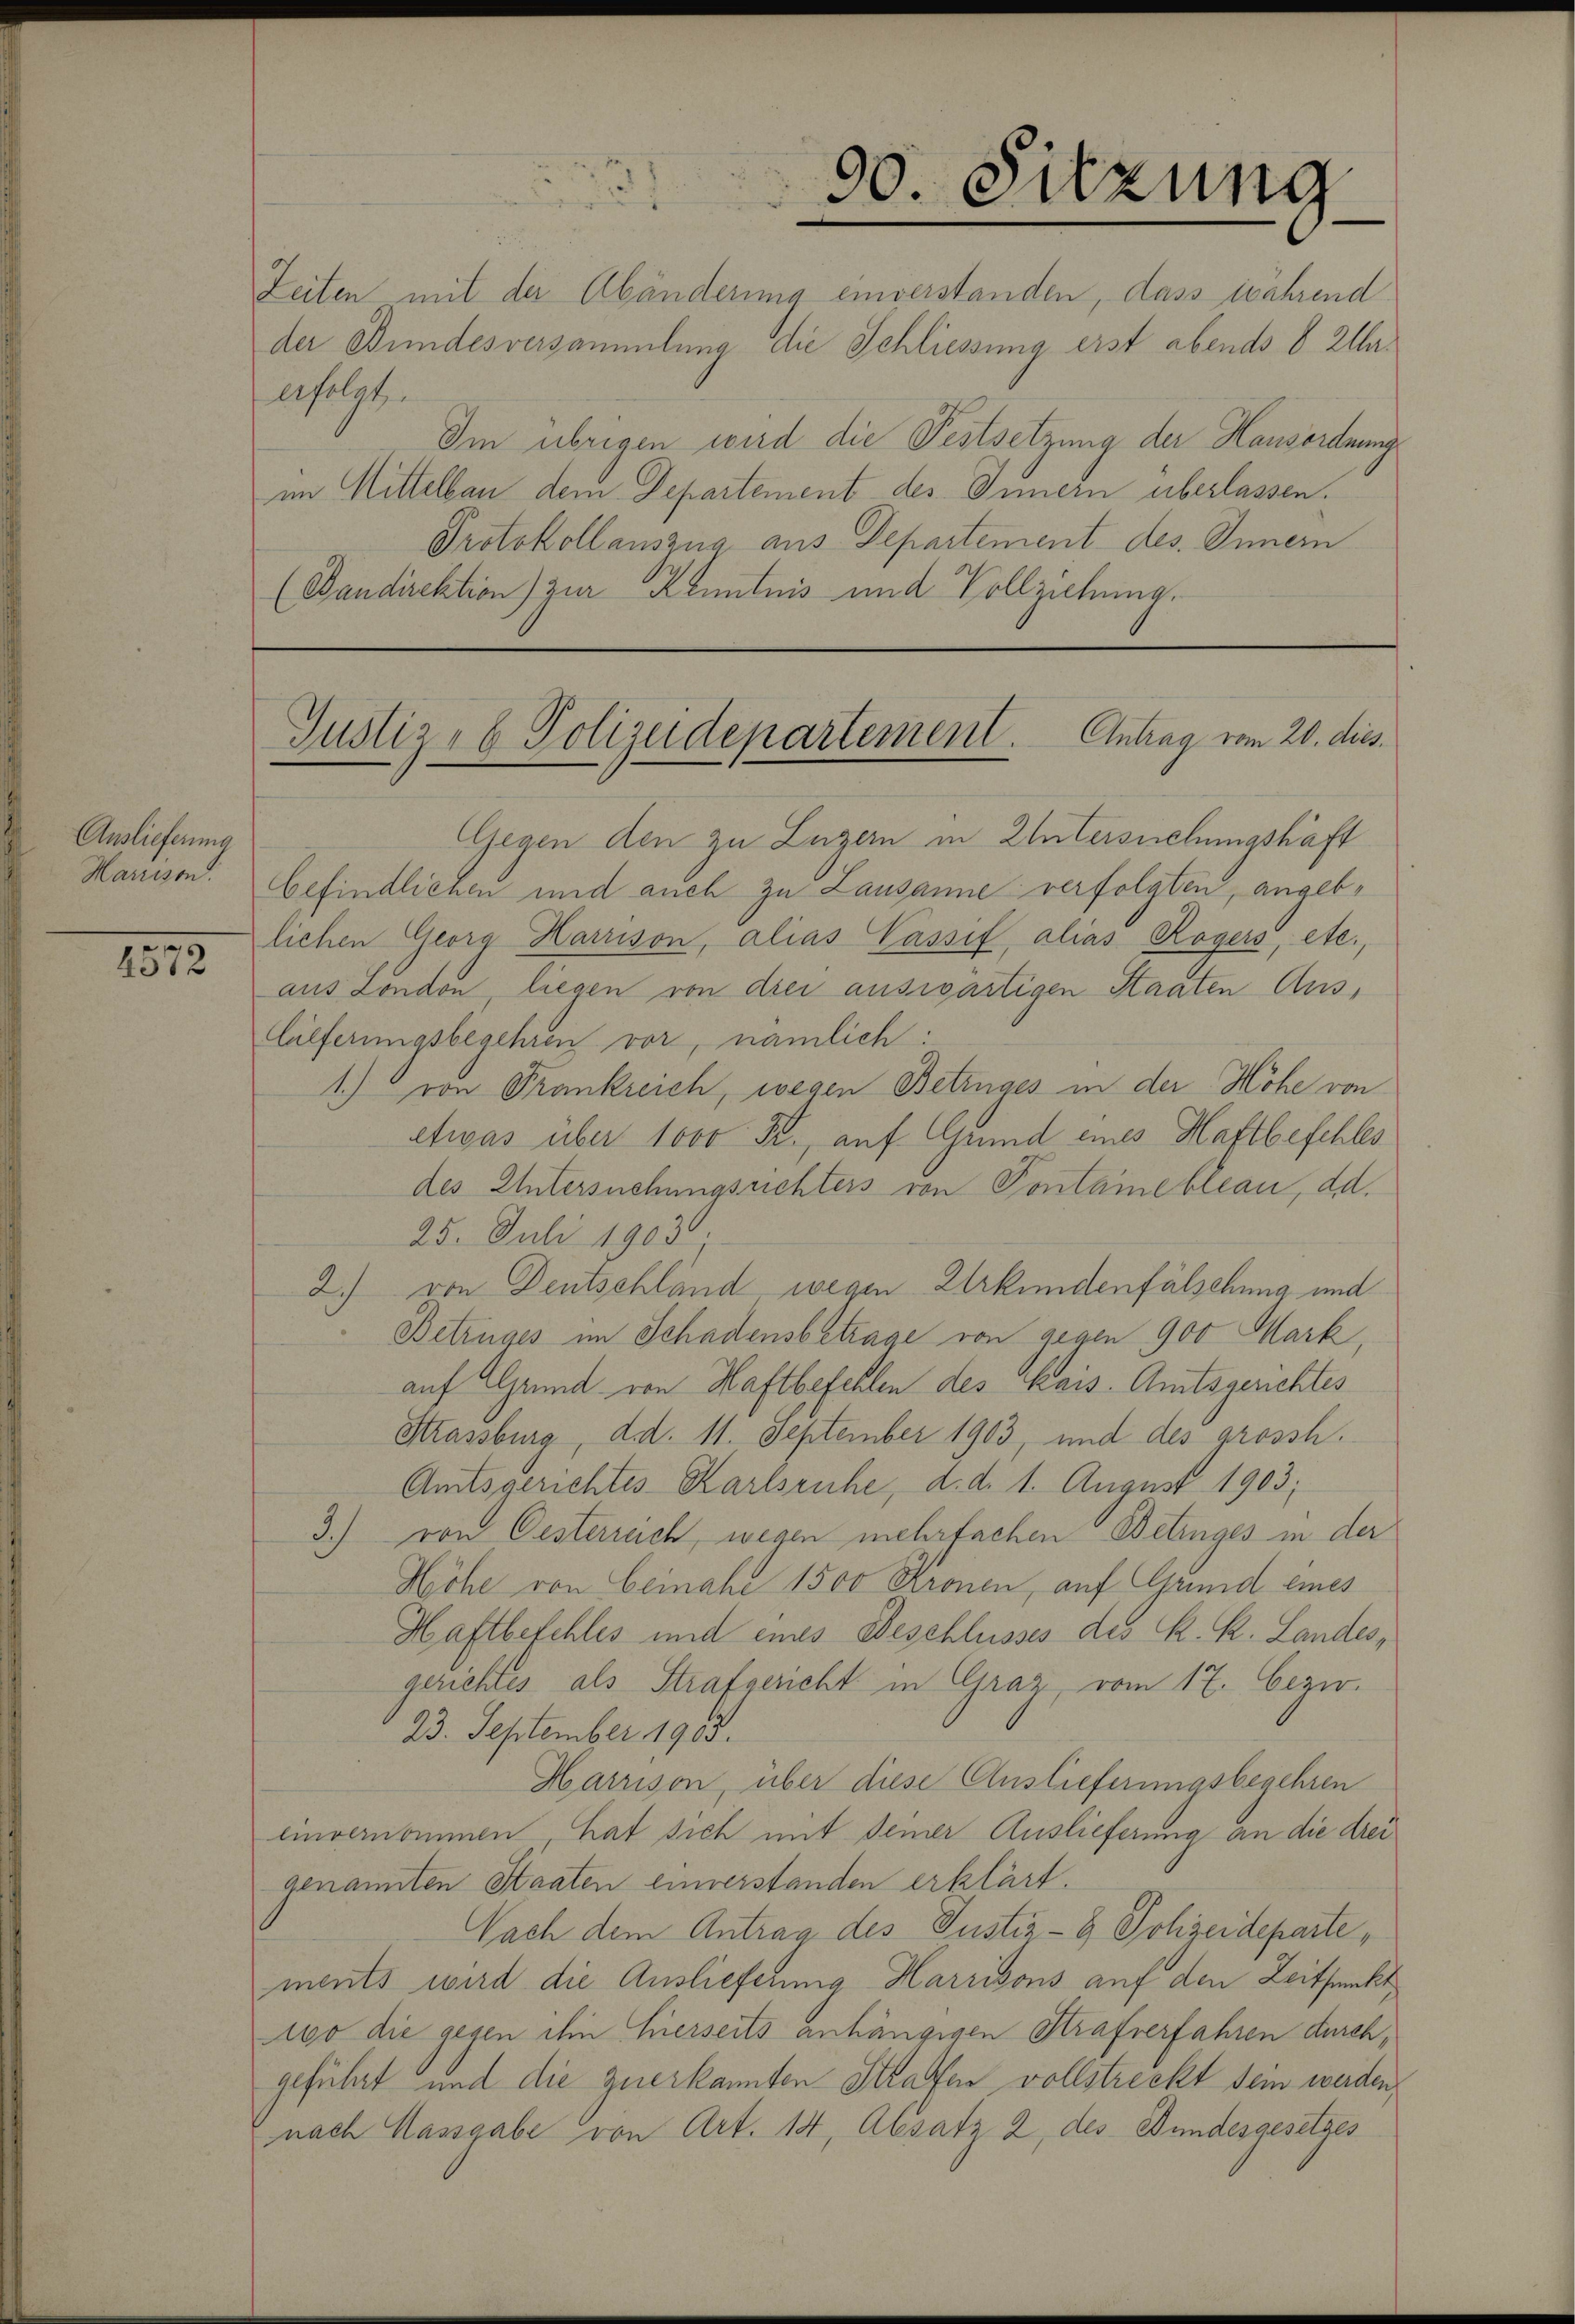
Auslieferung
Marnison.

2572

Gegen den zu Luzern in Untersuchungshaft
befindlichen und auch zu Lausanne verfolgten, angeblichen Georg Harrison, alias Passit, alias Rogers, etc.,
aus London, liegen von drei auswärtigen Staaten Auslilferungsbegehren vor, nämlich:
1.) von Frankreich, wegen Betruges in der Höhe von
etwas über 1000 Fr., auf Grund eines Haftbefehles
des Untersuchungsrichters von Pontane bleau, dd.
25. Juli 1903.
2) von Deutschländ wegen Urkundenfälschung und
Betruges im Schadensbetrage von gegen 900 Mark,
auf Grund von Haftbefehlen des Kais. Amtsgerichtes
Strassburg, d.d. 11. September 1903, und des grossh.
Amtsgerichtes Karlsruhe, d. d. 1. August 1903;
3.) von Oesterreich, wegen mehrfachen Betinges in der
Höhe von Ceinahe 1500 Kronen, auf Grund eines
Haftbeschles und eines Beschlusses des K. K. Landes,
gerichtes als Strafgericht in Graz, vom 17. bezir
23. September 1903.
Harrison, über diese Auslieferungsbegehren
einvernommen, hat sich mit seiner Auslieferung an die drei
genannten Staaten einverstanden erklärt.
Nach dem Antrag des Justiz- & Polizeidepartements wird die Auslieferung Harrisons auf den Zeitpunkt
100 die gegen ihn hierseits anhängigen Strafverfahren durch,
geführt und die zuerkannten Strafen vollstreckt sein werden,
nach Massgabe von Art. 14, Absatz 2 des Bundesgesetzes

30. Sitzung

Zeiten mit der Abänderung einverstanden, dass während
der Bundesversammlung die Schliessung erst abends 6 Klaerfolgt.
Im übrigen wird die Festsetzung der Hausordnung
im Mittelbau dem Departement des Innern überlassen.
Protokollauszug aus Departement des Innern
(Bandirektion) zur Kenntnis und Vollziehung.

Justiz- & Polizeidepartement. Antrag vom 20. dies